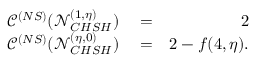
\begin{array} { r l r } { \mathscr { C } ^ { ( N S ) } ( \mathcal { N } _ { C H S H } ^ { ( 1 , \eta ) } ) } & { { } = } & { 2 } \\ { \mathscr { C } ^ { ( N S ) } ( \mathcal { N } _ { C H S H } ^ { ( \eta , 0 ) } ) } & { { } = } & { 2 - f ( 4 , \eta ) . } \end{array}